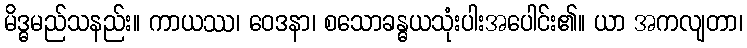
မိဒ္ဓမည်သနည်း။ ကာယဿ၊ ဝေဒနာ၊ စသောခန္ဓယသုံးပါးအပေါင်း၏။ ယာ အကလျတာ၊